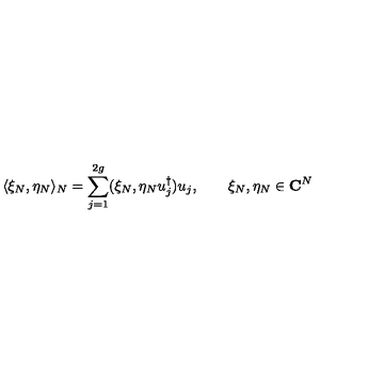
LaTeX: \langle \xi _ { N } , \eta _ { N } \rangle _ { N } = \sum _ { j = 1 } ^ { 2 g } ( \xi _ { N } , \eta _ { N } u _ { j } ^ { \dagger } ) u _ { j } , \qquad \xi _ { N } , \eta _ { N } \in { \bf C } ^ { N }